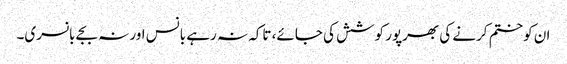
ان کو ختم کرنے کی بھرپور کوشش کی جائے، تاکہ نہ رہے بانس اور نہ بجے بانسری۔